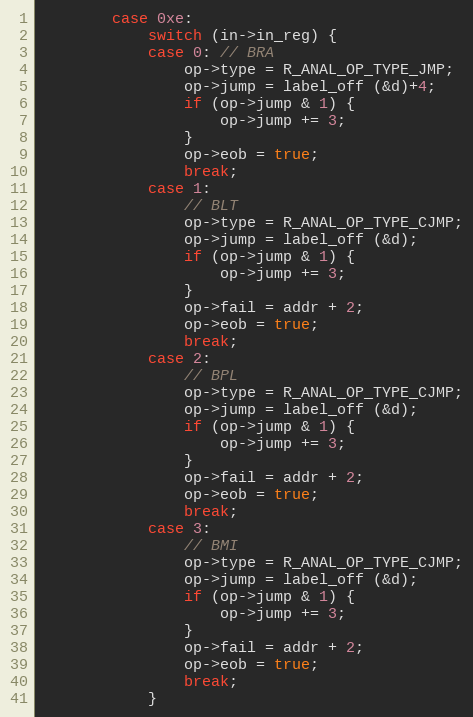
Language: C
		case 0xe:
			switch (in->in_reg) {
			case 0: // BRA
				op->type = R_ANAL_OP_TYPE_JMP;
				op->jump = label_off (&d)+4;
				if (op->jump & 1) {
					op->jump += 3;
				}
				op->eob = true;
				break;
			case 1:
				// BLT
				op->type = R_ANAL_OP_TYPE_CJMP;
				op->jump = label_off (&d);
				if (op->jump & 1) {
					op->jump += 3;
				}
				op->fail = addr + 2;
				op->eob = true;
				break;
			case 2:
				// BPL
				op->type = R_ANAL_OP_TYPE_CJMP;
				op->jump = label_off (&d);
				if (op->jump & 1) {
					op->jump += 3;
				}
				op->fail = addr + 2;
				op->eob = true;
				break;
			case 3:
				// BMI
				op->type = R_ANAL_OP_TYPE_CJMP;
				op->jump = label_off (&d);
				if (op->jump & 1) {
					op->jump += 3;
				}
				op->fail = addr + 2;
				op->eob = true;
				break;
			}